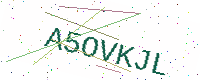
Text: A5OVKJL